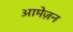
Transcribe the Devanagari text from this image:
आमेज़न